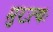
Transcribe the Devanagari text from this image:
मुख्त्यः